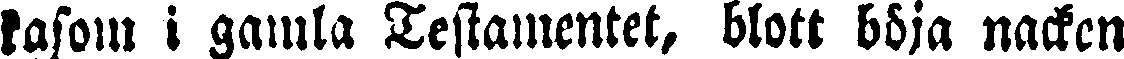
kasom i gamla Testamentet, blott böja nacken